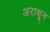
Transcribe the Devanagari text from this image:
अराथून